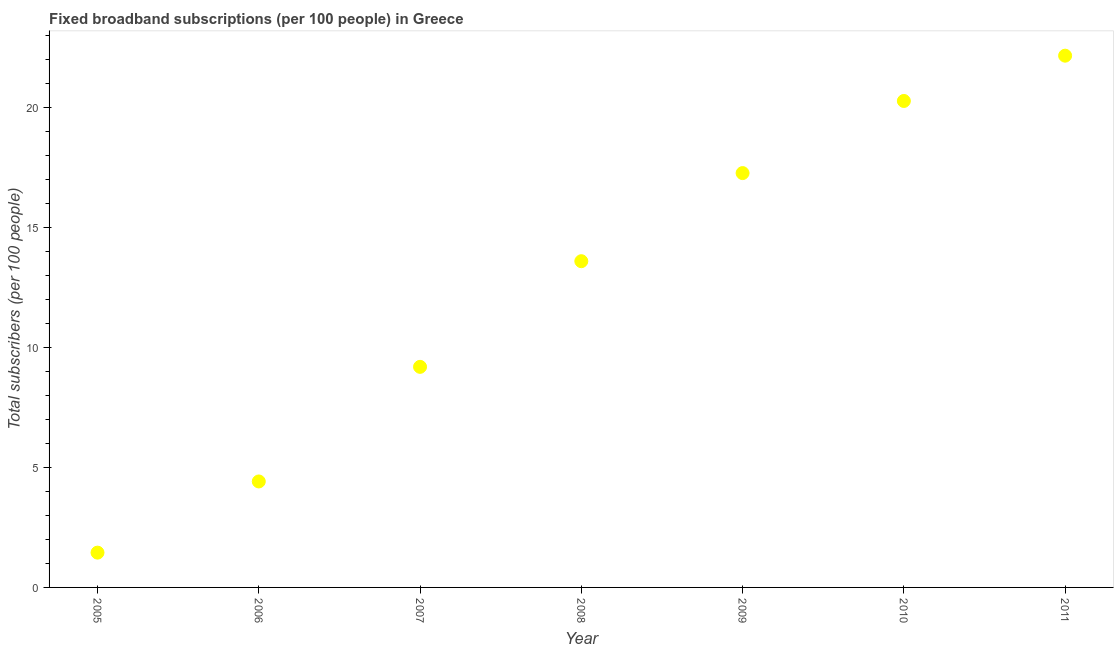
| Year | Fixed broadband subscriptions (per 100 people) |
 | --- | --- |
 | 2005 | 1.45 |
 | 2006 | 4.42 |
 | 2007 | 9.19 |
 | 2008 | 13.6 |
 | 2009 | 17.3 |
 | 2010 | 20.3 |
 | 2011 | 22.2 |